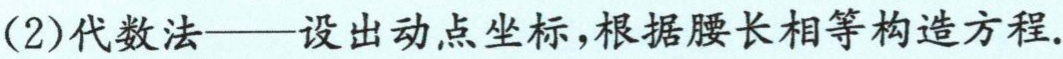
(2)代数法——设出动点坐标,根据腰长相等构造方程.